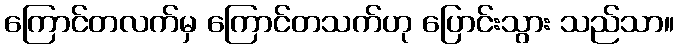
ကြောင်တလက်မှ ကြောင်တသက်ဟု ပြောင်းသွား သည်သာ။